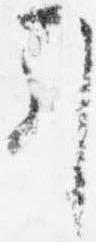
引